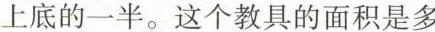
上底的一半。这个教具的面积是多